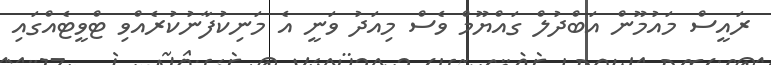
ރައީސް މައުމޫން އަބްދުލް ގައްޔޫމް ވެސް މިއަދު ވަނީ އެ މަނިކުފާނުކުރެއްވި ޓްވީޓެއްގައި